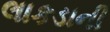
લાકડાની